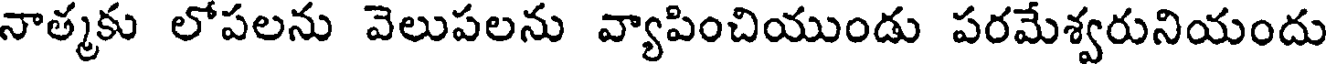
నాత్మకు లోపలను వెలుపలను వ్యాపించియుండు పరమేశ్వరునియందు